Vaccination United Provinces of Agra and Oudh 1902-1913 - 1902-1913
Year: 1902
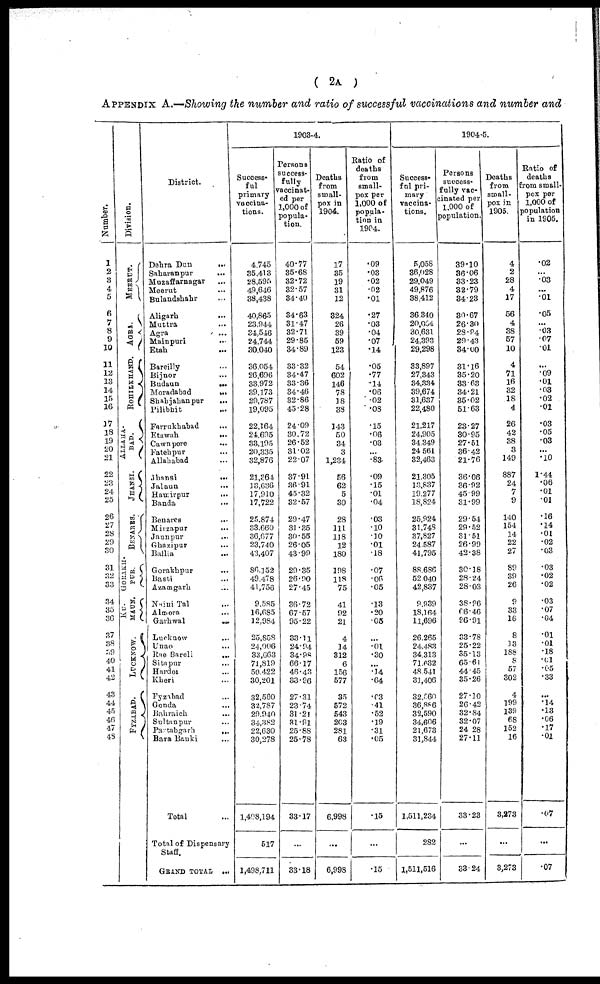
( 2A )
APPENDIX A.—Showing the number and ratio of successful vaccinations and number and
Number.
1
2
3
4
5
6
7
8
9
10
11
12
13
14
15
16
17
18
19
20
21
22
23
24
25
26
27
28
29
30
31
32
33
34
35
36
37
38
39
40
41
42
43
44
45
46
47
48
Division.
MEERUT.
AGRA.
ROHILKHAND.
ALLAHA¬
----
JHANSI.
BENARES.
GORAKH¬
PUR.
KU¬
MAUN.
LUCKNOW.
FYZABAD.
District.
Dehra Dun
...
Saharanpur ...
Muzaffarnagar ...
Meerut ...
Bulandshahr ...
Aligarh
...
Muttra ...
Agra ...
Mainpuri ...
Etah ...
Bareilly ...
Bijnor ...
Budaun
...
Moradabad
...
Shahjahanpur
...
Pilibhit ...
Farrukhabad ...
Etawah
...
Cawnpore ...
Fatehpur ...
Allahabad ...
Jhansi
...
Jalaun ...
Hamirpur
...
Banda
...
Benares
...
Mirzapur ...
Jaunpur ...
Ghazipur ...
Ballia ...
Gorakhpur ...
Basti ...
Azamgarh ...
Naini Tal ...
A1mora
...
Garhwal
...
Lucknow ...
Unao ...
Rae Bareli ...
Sitapur ...
Hardoi ...
Kheri ...
Fyzabad ...
Gonda ...
Bahraich ...
Sultanpur ...
Partabgarh
...
Bara Banki ...
Total ...
Total of Dispensary
Staff.
GRAND TOTAL
...
1903-4.
Success¬
ful
primary
vaccina-
tions.
4,745
35,413
28,595
49,646
38,438
40,865
23,944
34,546
24,744
30,040
36,054
26,696
33,972
39,173
29,787
19,095
22,164
24,695
33,195
20,335
32,876
21,364
13,636
17,910
17,722
25,874
33,660
36,677
23,740
43,407
86,152
49,478
41,756
9,585
16,085
12,984
25,858
24,006
33,663
71,819
50,422
30,201
32,560
32,787
29,940
34,382
22,630
30,278
1,498,194
517
1,498,711
Persons
success-
fully
vaccinat-
ed per
1,000 of
popula-
tion.
40.77
35.68
32.72
32.57
34.40
34.63
31.47
32.71
29.85
34.89
33.32
34.47
33.36
34.46
32.86
45.28
24.09
30.72
26.52
31.02
22.07
37.91
36.91
45.32
32.57
29.47
31.35
30.55
26.05
43.99
29.35
26.90
27.45
36.72
67.57
95.22
33.11
24.94
34.98
66.17
46.43
33.96
27.31
23.74
31.21
31.91
25.88
25.78
33.17
...
33.18
Deaths
from
small-
pox in
1904.
17
35
19
31
12
324
26
39
59
123
54
602
146
78
18
38
143
50
34
3
1,234
56
62
5
30
28
111
118
12
180
198
118
75
41
92
21
4
14
312
6
156
577
35
572
543
203
281
63
6,998
...
6,998
Ratio of
deaths
from
small-
pox per
1,000 of
popula-
tion in
1904.
.09
.03
.02
.02
.01
.27
.03
.04
.07
.14
.05
.77
.14
.06
.02
.08
.15
.06
.03
...
.83
.09
.15
.01
.04
.03
.10
.10
.01
.18
.07
.06
.05
.13
.20
.05
...
.01
.30
...
.14
.64
.03
.41
.52
.19
.31
.05
.15
...
.15
1904-5.
Success-
ful pri-
mary
vaccina-
tions.
5,058
36,028
29,049
49,876
38,412
36,340
20,004
30,631
24,393
29,298
33,897
27,343
34,334
39,674
31,637
22,480
21,217
24,905
34,349
24,561
82,463
21,305
13,837
19,277
18,824
25,924
31,748
37,827
24,587
41,795
88,686
52,040
42,837
9,939
18,104
11,696
26,265
24,483
34,313
71,632
48,541
31,406
32,560
36,886
32,590
34,606
21,673
31,844
1,511,284
282
1,511,516
Persons
success-
fully vac-
cinated per
1,000 of
population.
39.10
36.06
33.23
32.79
34.23
30.67
26.30
28.94
29.43
34.00
31.16
35.20
33.63
34.21
35.02
51.63
23.27
30.95
27.51
36.42
21.76
36.06
36.92
45.99
31.99
29.54
29.52
31.51
26.99
42.38
30.18
28.24
28.03
38.96
66.46
26.91
33.78
25.22
35.13
65.61
44.45
35.26
27.10
26.42
82.84
32.07
24.28
27.11
33.23
...
33.24
Deaths
from
small-
pox in
1905.
4
2
28
4
17
56
4
38
57
10
4
71
16
32
18
4
26
42
38
3
149
887
24
7
9
140
154
14
22
27
89
39
26
9
33
16
8
13
188
8
57
302
4
199
139
68
152
16
3,273
...
3,273
Ratio of
deaths
from small-
pox per
1,000 of
population
in 1905.
.02
...
.03
...
.01
.05
...
.03
.07
.01
...
.09
.01
.03
.02
.01
.03
.05
.03
...
.10
1.44
.06
.01
.01
.16
.14
.01
.02
.03
.03
.02
.02
.03
.07
.04
.01
.01
.18
.01
.05
.33
...
.14
.13
.06
.17
.01
.07
...
.07